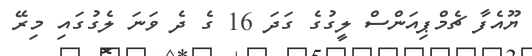
ޔޫއެފާ ޗެމްޕިއަންސް ލީގުގެ ގަދަ 16 ގެ ދެ ވަނަ ލެގުގައި މިރޭ